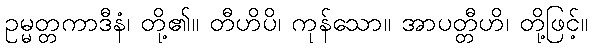
ဥမ္မတ္တကာဒီနံ၊ တို့၏။ တီဟိပိ၊ ကုန်သော။ အာပတ္တီဟိ၊ တို့ဖြင့်။